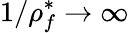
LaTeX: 1/\rho_{f}^{*}\rightarrow\infty